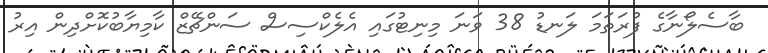
ބާސެލޯނާގެ ފުރަތަމަ ލަނޑު 38 ވަނަ މިނިޓުގައި އެލެކްސިސް ސަންޗޭޒް ކާމިޔާބުކޮށްދިން އިރު